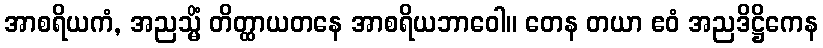
အာစရိယကံ, အညသ္မိံ တိတ္ထာယတနေ အာစရိယဘာဝေါ။ တေန တယာ ဧဝံ အညဒိဋ္ဌိကေန